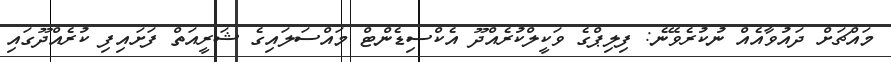
މައްޗަށް ދައުވާއެއް ނުކުރެވޭނެ: ފިލިޕްގެ ވަކީލްކުރެއްދޫ އެކްސިޑެންޓް މައްސަލައިގެ ޝަރީއަތް ފަށައިފި ކުރެއްދޫގައި